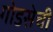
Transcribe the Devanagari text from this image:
गोडसेची